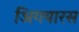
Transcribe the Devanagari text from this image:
अिगयारस